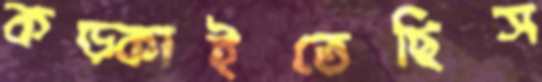
কড়্‌কাইতেছিস